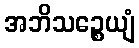
အဘိသဉ္စေယျံ